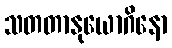
သတတာနုယောဂိနော